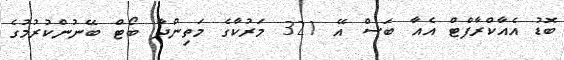
ބޮޑު އެއާކްރާފްޓް އެއާ ބަސް އޭ 321 މަރުކާގެ މަތިންދާ ބޯޓް ބޭނުންކުރުމުގެ